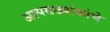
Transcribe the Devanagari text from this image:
अल्पसख्यांकांचे